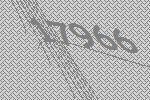
17966